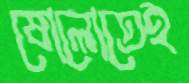
ষোলোতেই